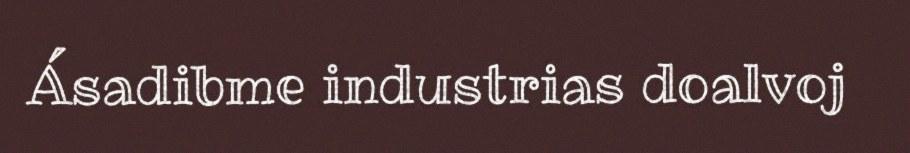
Ásadibme industrias doalvoj